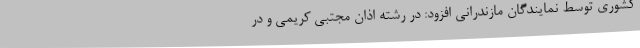
کشوری توسط نمایندگان مازندرانی افزود: در رشته اذان مجتبی کریمی و در